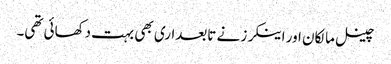
چینل مالکان اور اینکرز نے تابعداری بھی بہت دکھائی تھی۔